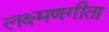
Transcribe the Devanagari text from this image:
लक्ष्मणगीता